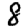
Digit: 8